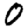
Digit: 0